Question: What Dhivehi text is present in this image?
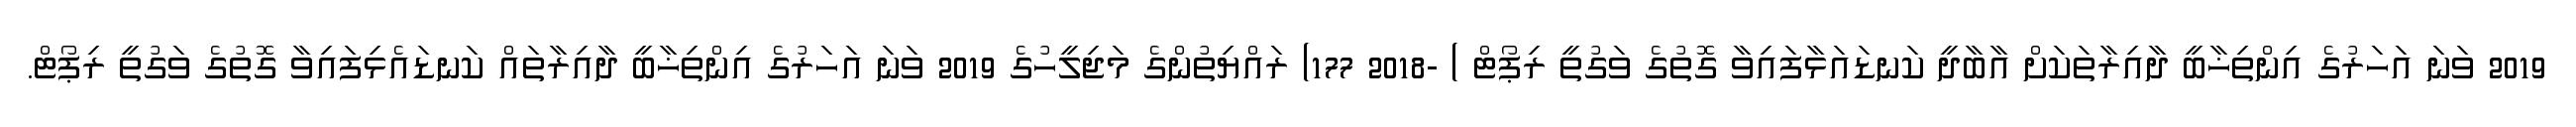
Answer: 2019 ވަނަ އަހަރުގެ އިންތިޚާބީ ދާއިރާތަކަށް އާބާދީ ކަނޑައަޅާފައިވާ ގޮތުގެ ވަގުތީ ރިޕޯޓް ) -2018 177) ރައްޔިތުންގެ މަޖިލީހުގެ 2019 ވަނަ އަހަރުގެ އިންތިޚާބީ ދާއިރާތައް ކަނޑައެޅިފައިވާ ގޮތުގެ ވަގުތީ ރިޕޯޓް.